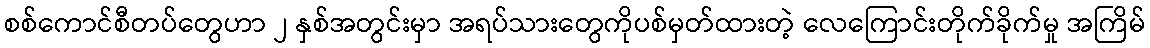
စစ်ကောင်စီတပ်တွေဟာ ၂ နှစ်အတွင်းမှာ အရပ်သားတွေကိုပစ်မှတ်ထားတဲ့ လေကြောင်းတိုက်ခိုက်မှု အကြိမ်